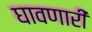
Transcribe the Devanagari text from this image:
घावणारी